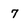
Character: 7